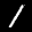
Label: 1